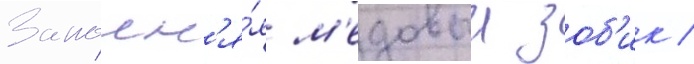
Заполн'я́я м'едовыи зоб'ик /